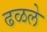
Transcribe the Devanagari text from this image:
ढळले